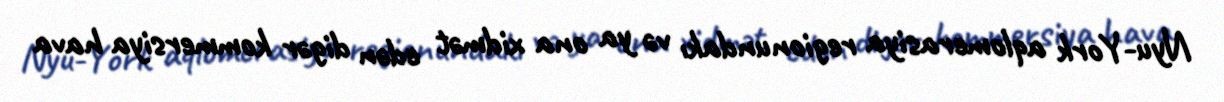
Nyu-York aqlomerasiya regionundakı və ya ona xidmət edən digər kommersiya hava